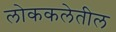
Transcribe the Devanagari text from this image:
लोककलेतील